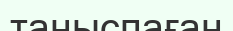
таныспаған